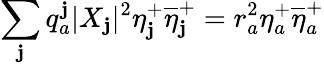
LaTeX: \sum_{\mathbf{j}}q_{a}^{\mathbf{j}}|X_{\mathbf{j}}|^{2}\eta_{\mathbf{j}}^{+}\overline{{{{\eta}}}}_{\mathbf{j}}^{+}=r_{a}^{2}\eta_{a}^{+}\overline{{{{\eta}}}}_{a}^{+}